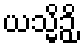
ယသ္မိဉှိ